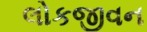
લોકજીવન